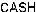
CASH